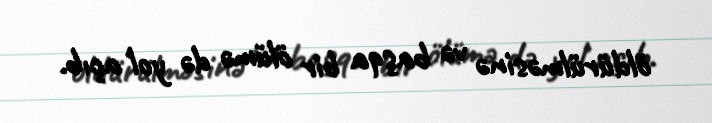
öldürülməsinə və başqa bir ölümə də yol açıb.